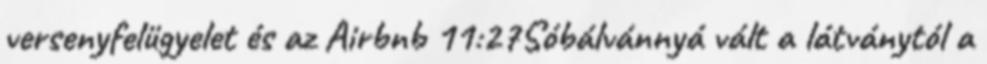
versenyfelügyelet és az Airbnb 11:27Sóbálvánnyá vált a látványtól a